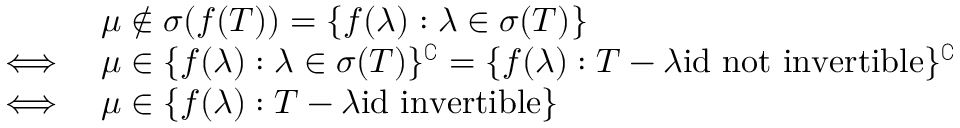
\begin{array} { r l } & { \mu \not \in \sigma ( f ( T ) ) = \{ f ( \lambda ) : \lambda \in \sigma ( T ) \} } \\ { \iff } & { \mu \in \{ f ( \lambda ) : \lambda \in \sigma ( T ) \} ^ { \complement } = \{ f ( \lambda ) : T - \lambda \mathrm { i d } \mathrm { ~ n o t ~ i n v e r t i b l e } \} ^ { \complement } } \\ { \iff } & { \mu \in \{ f ( \lambda ) : T - \lambda \mathrm { i d } \mathrm { ~ i n v e r t i b l e } \} } \end{array}